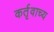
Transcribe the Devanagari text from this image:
कर्तृवाच्य